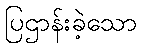
ပြဌာန်းခဲ့သော